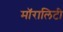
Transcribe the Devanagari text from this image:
मॉरालिटी